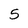
Character: 5